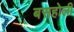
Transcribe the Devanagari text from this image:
बसहोली